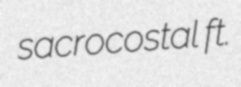
sacrocostal ft.